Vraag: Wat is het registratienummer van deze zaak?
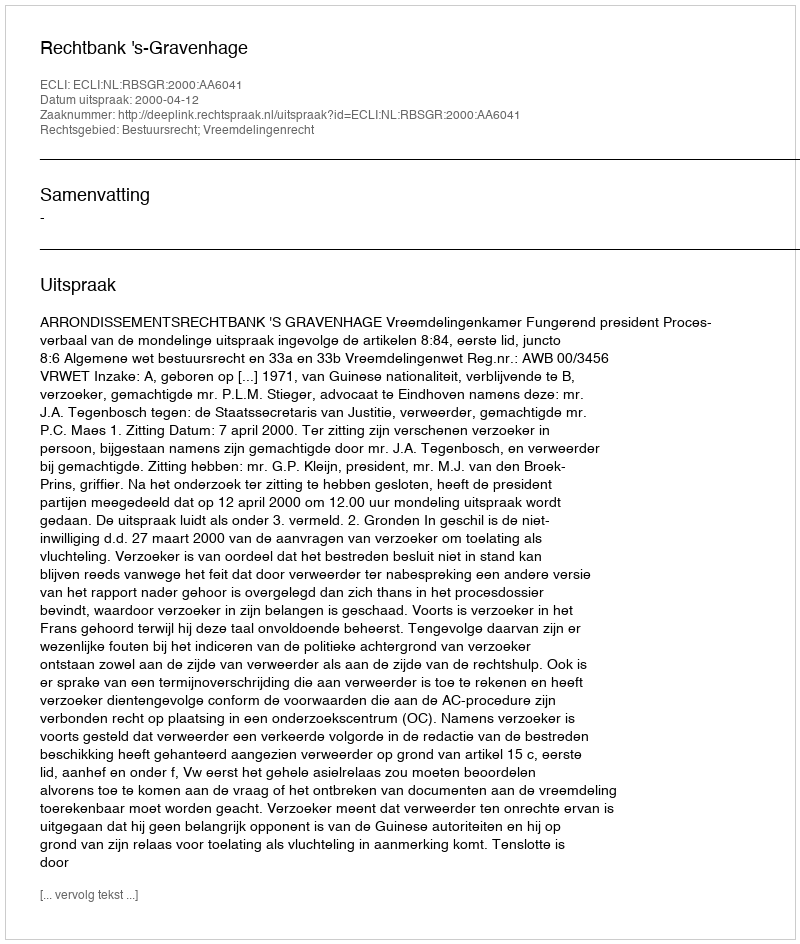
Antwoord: http://deeplink.rechtspraak.nl/uitspraak?id=ECLI:NL:RBSGR:2000:AA6041